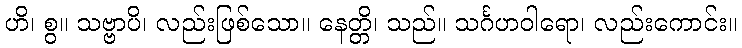
ဟိ၊ စွ။ သဗ္ဗာပိ၊ လည်းဖြစ်သော။ နေတ္တိ၊ သည်။ သင်္ဂဟဝါရော၊ လည်းကောင်း။